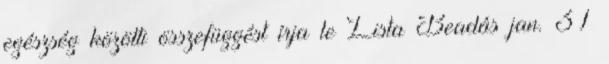
egészség közötti összefüggést írja le Lista Beadás jan. 31